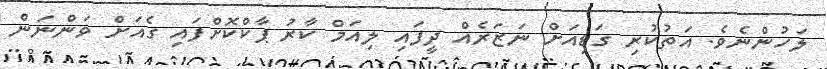
ލަހުންނެވެ. އަތުކުރި ގަޑިއަށް ނަޒަރެއް ދީފައި ލިއަމް ކާރު ޕާކްކޮށްފައި ގެއަށް ވަންނަން